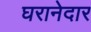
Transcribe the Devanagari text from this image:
घरानेदार